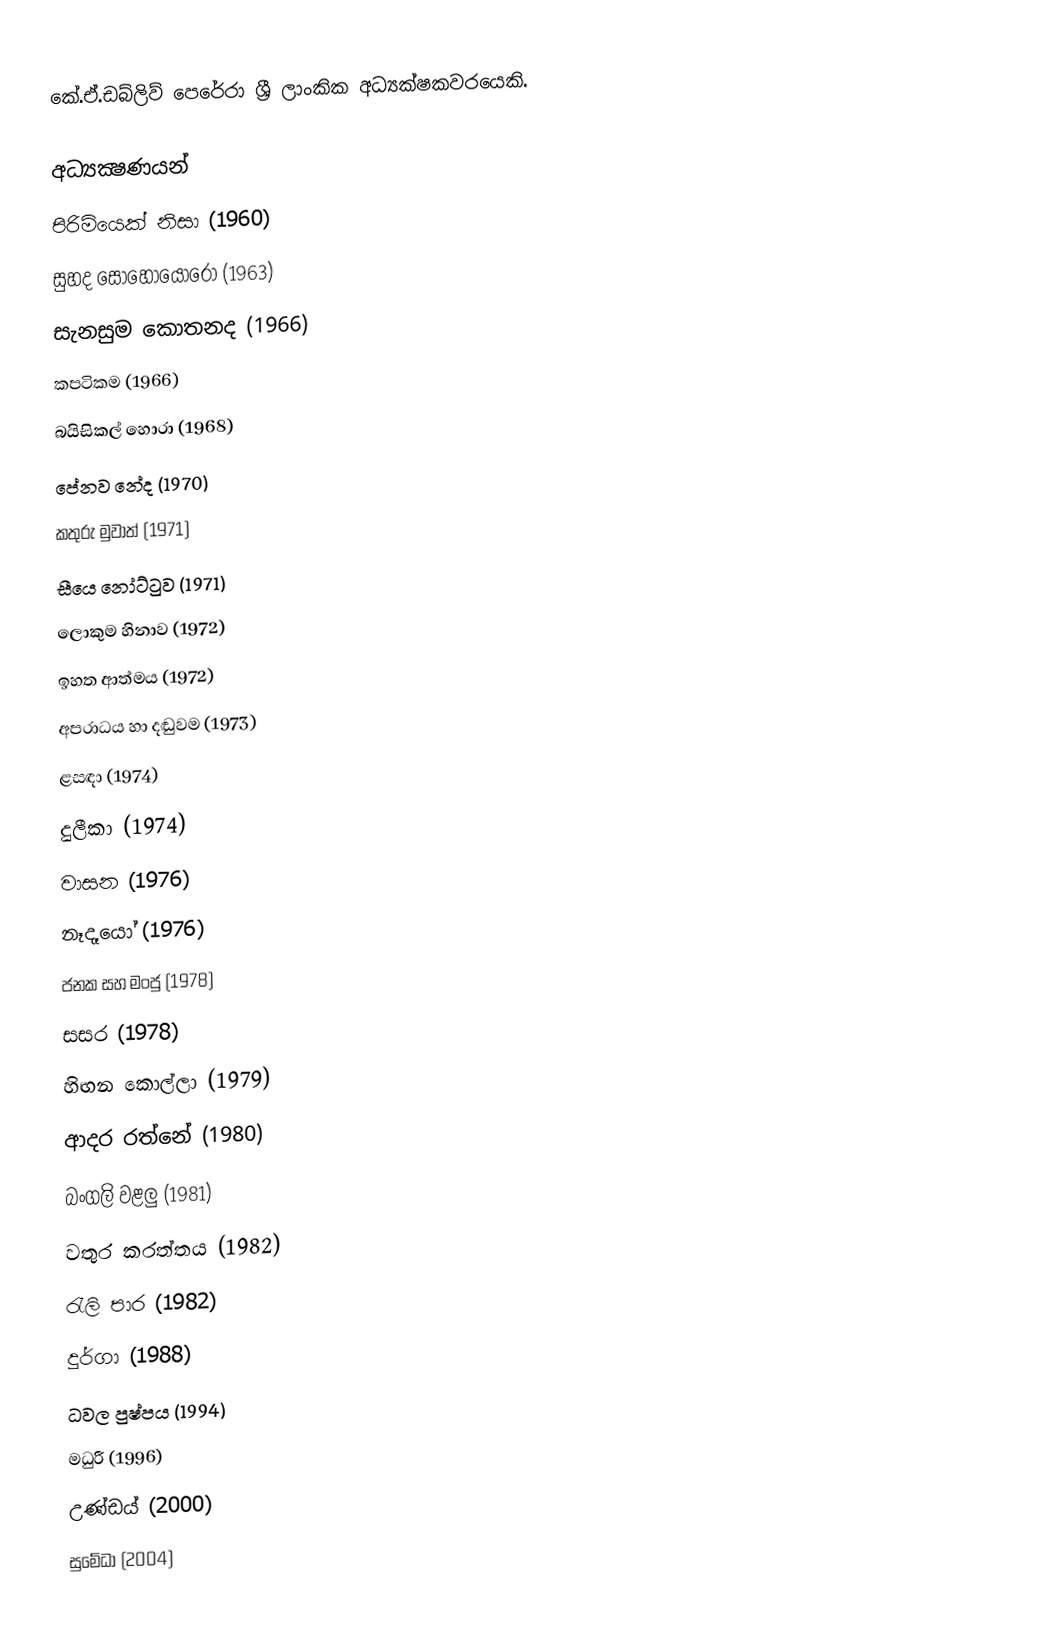
කේ.ඒ.ඩබ්ලිව් පෙරේරා ශ්‍රී ලාංකික අධ්‍යක්ෂකවරයෙකි.

අධ්‍යක්‍ෂණයන්
පිරිමියෙක් නිසා (1960)
සුහද සොහොයොරෝ (1963)
සැනසුම කොතනද (1966)
කපටිකම (1966)
බයිසිකල් හොරා (1968)
පේනව නේද (1970)
කතුරු මුවාත් (1971)
සීයෙ නෝට්ටුව (1971)
ලොකුම හිනාව (1972)
ඉහත ආත්මය (1972)
අපරාධය හා දඬුවම (1973)
ළසඳා (1974)
දුලීකා (1974)
වාසන (1976)
නෑදෑයෝ (1976)
ජනක සහ මංජු (1978)
සසර (1978)
හිඟන කොල්ලා (1979)
ආදර රත්නේ (1980)
බංගලි වළලු (1981)
වතුර කරත්තය (1982)
රැලි පාර (1982)
දුර්ගා (1988)
ධවල පුෂ්පය (1994)
මධුරී (1996)
උණ්ඩය් (2000)
සුමේධා (2004)